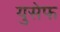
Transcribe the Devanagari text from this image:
युसेफ